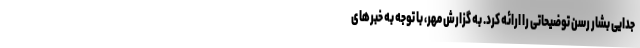
جدایی بشار رسن توضیحاتی را ارائه کرد. به گزارش مهر، با توجه به خبرهای